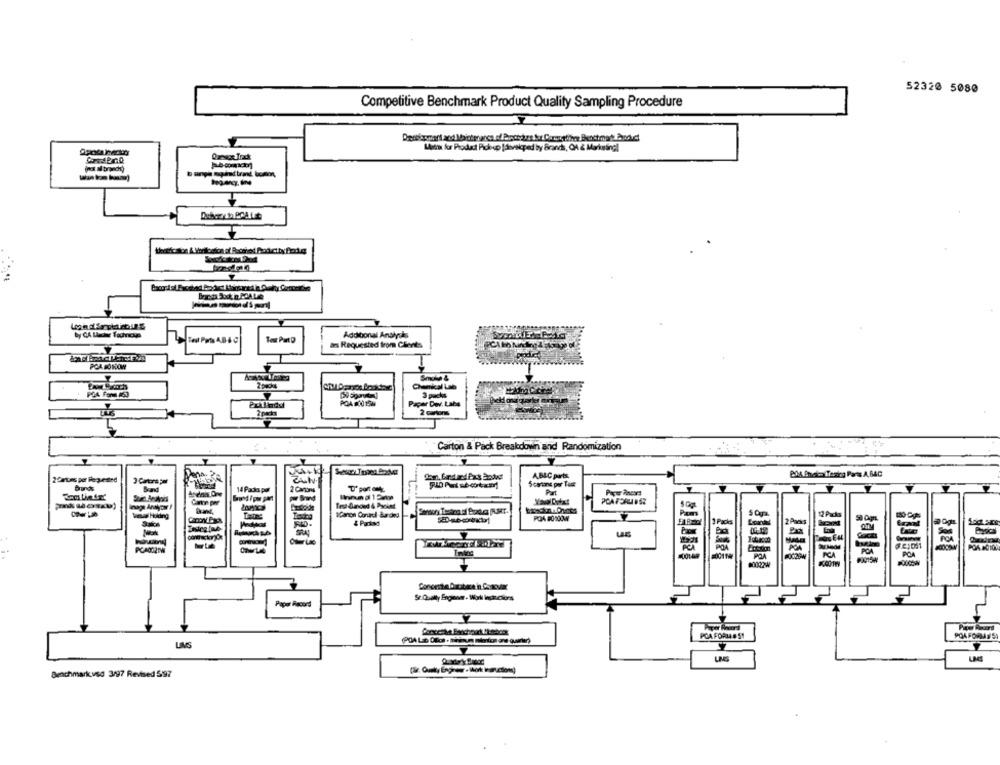
52320 5080
Competitive Benchmark Product Quality Sampling Procedure
Mit for Podad Pickup [developed by Brands, OA & Marketing!
by CA Laher Tauhnicun
Additional Analysis
Test Part D
ans Requested from Clients
POA BONOW
Smoln &
Chemical Lab
3 packs
POA 00 158
Paper Dwv. Labs
Carton & Pack Breakdown and Randomization
A.BLC parts
BOA Ancio Wesing Parts A, 640
2Cmuns por Requested
14 Pada por
Part
teus Hoking
1Cancan Conarci Surced
2Pm
& Parked
BOA
Paper Record
POA FORMA # 51
POA FORM # 59
LIVS
Benchmark ved 3/97 Revised 597